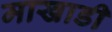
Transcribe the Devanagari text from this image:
माखाडी